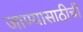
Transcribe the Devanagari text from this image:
जाण्यासाठीची